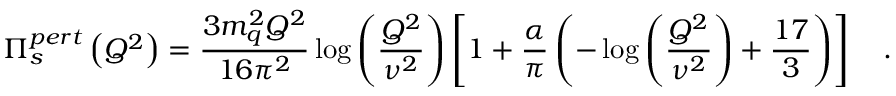
\Pi _ { s } ^ { p e r t } \left( Q ^ { 2 } \right) = \frac { 3 m _ { q } ^ { 2 } Q ^ { 2 } } { 1 6 \pi ^ { 2 } } \log { \left( \frac { Q ^ { 2 } } { \nu ^ { 2 } } \right) } \left[ 1 + \frac { \alpha } { \pi } \left( - \log { \left( \frac { Q ^ { 2 } } { \nu ^ { 2 } } \right) } + \frac { 1 7 } { 3 } \right) \right] \quad .